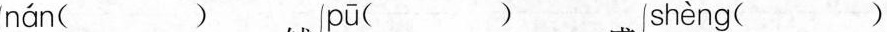
nán（ ） pū（ ） shèng（ ）